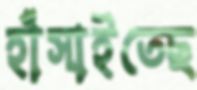
হাঁসাইতেছ